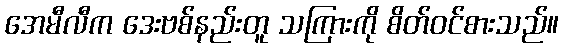
အေမီလီက ဒေးဗစ်နည်းတူ သကြားကို စိတ်ဝင်စားသည်။